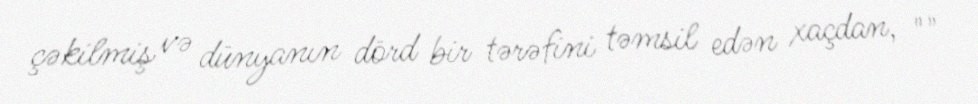
çəkilmiş və dünyanın dörd bir tərəfini təmsil edən xaçdan, ""